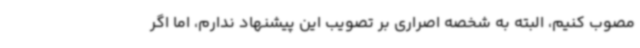
مصوب کنیم، البته به شخصه اصراری بر تصویب این پیشنهاد ندارم، اما اگر